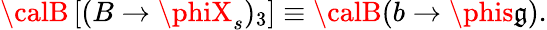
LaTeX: {\calB}\left[(B\to\phiX_{s})_{3}\right]\equiv{\calB}(b\to\phis\mathfrak{g}).